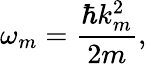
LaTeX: \omega_{m}=\frac{\hbar k_{m}^{2}}{2m},